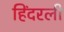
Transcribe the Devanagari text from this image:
हिंदरली